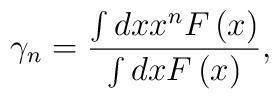
\gamma _{n}=\frac{\int dxx^{n}F\left( x\right) }{\int dxF\left( x\right) },